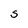
Character: s